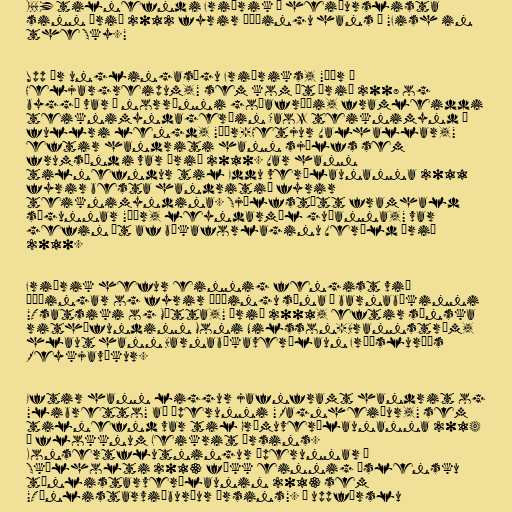
IBBY tilnefndi Friðrik á heiðurslista
sinn árið 2012 fyrir þýðingu hans á "Fish in
the Sky."

Upp úr unglingasögu Friðriks, "Þór í
Heljargreipum," sem kom út árið 2008 og
byggð var á norrænni goðafræði, framleiddi
teiknimyndagerðin Caoz teiknimynd í
fullri lengd, "Þór-Hetjur Valhallar,"
eftir handriti hann sjálfs sem
frumsýndi var árið 2010. Var hann
tilnefndur til Eddu verðlaunanna 2011
fyrir besta handritið fyrir
teiknimyndina. Sjálfstætt framhald
sögunnar "Þór, leyndarmál guðanna," var
gefin út af bókaforlaginu Veröld árið
2010.

Friðrik hefur einnig fengist við
þýðingar og fyrir þýðingu sína á barnabókinni
"Tsatsiki og Mútta," árið 2001, eftir sænska
rithöfundinn Moni Nilsson-Brannström,
hlaut hann Barnabókaverðlaun Fræðsluráðs
Reykjavíkur.

Eftir hann liggur jafnframt handrit og
"libretto" að óperunni "Ragnheiður," sem
tilnefnd var til Grímuverðlaunanna 2014
í flokknum Leikrit ársins.
Konsertflutningur óperunnar í
Skálholti 2013 fékk einnig Íslensku
tónlistarverðlaunin 2013 sem
"Tónlistarviðburður ársins". Í uppfærslu